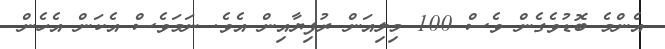
އެންމެ ބޮޑުވެގެން ވެސް 100 މިލިއަން ރުފިޔާއިން އެވެ. ނަމަވެސް އެކަން އެހެން